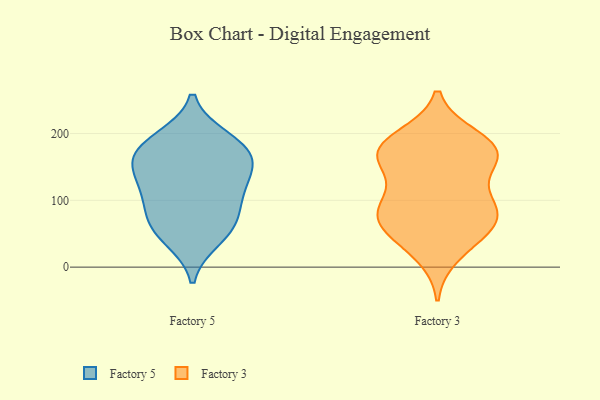
{"axis": {"x": "Waste Production (Tons)", "y": "Value"}, "legend": ["Factory 3", "Factory 5"], "data": [{"x": "", "y": 88, "type": "Factory 5"}, {"x": "", "y": 149, "type": "Factory 5"}, {"x": "", "y": 192, "type": "Factory 5"}, {"x": "", "y": 62, "type": "Factory 5"}, {"x": "", "y": 61, "type": "Factory 5"}, {"x": "", "y": 119, "type": "Factory 5"}, {"x": "", "y": 175, "type": "Factory 5"}, {"x": "", "y": 110, "type": "Factory 5"}, {"x": "", "y": 166, "type": "Factory 5"}, {"x": "", "y": 181, "type": "Factory 5"}, {"x": "", "y": 43, "type": "Factory 5"}, {"x": "", "y": 143, "type": "Factory 5"}, {"x": "", "y": 57, "type": "Factory 3"}, {"x": "", "y": 195, "type": "Factory 3"}, {"x": "", "y": 165, "type": "Factory 3"}, {"x": "", "y": 18, "type": "Factory 3"}, {"x": "", "y": 194, "type": "Factory 3"}, {"x": "", "y": 159, "type": "Factory 3"}, {"x": "", "y": 168, "type": "Factory 3"}, {"x": "", "y": 173, "type": "Factory 3"}, {"x": "", "y": 76, "type": "Factory 3"}, {"x": "", "y": 114, "type": "Factory 3"}, {"x": "", "y": 65, "type": "Factory 3"}, {"x": "", "y": 94, "type": "Factory 3"}, {"x": "", "y": 172, "type": "Factory 3"}, {"x": "", "y": 70, "type": "Factory 3"}, {"x": "", "y": 167, "type": "Factory 3"}, {"x": "", "y": 40, "type": "Factory 3"}, {"x": "", "y": 82, "type": "Factory 3"}, {"x": "", "y": 98, "type": "Factory 3"}]}